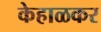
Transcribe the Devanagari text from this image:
केहाळकर